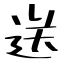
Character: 送